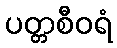
ပတ္တစီဝရံ